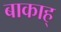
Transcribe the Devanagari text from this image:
बाकाह्